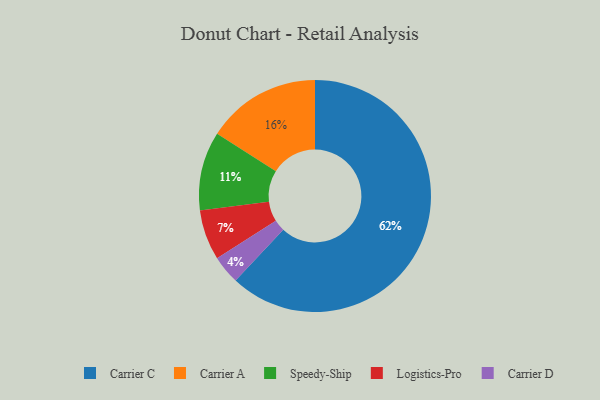
{"axis": {"x": "Category", "y": "Percentage"}, "legend": ["Carrier A", "Carrier C", "Carrier D", "Logistics-Pro", "Speedy-Ship"], "data": [{"x": "Carrier C", "y": 62, "type": "Carrier C"}, {"x": "Carrier A", "y": 16, "type": "Carrier A"}, {"x": "Speedy-Ship", "y": 11, "type": "Speedy-Ship"}, {"x": "Carrier D", "y": 4, "type": "Carrier D"}, {"x": "Logistics-Pro", "y": 7, "type": "Logistics-Pro"}]}